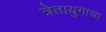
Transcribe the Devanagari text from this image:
त्रेतायुगाचा